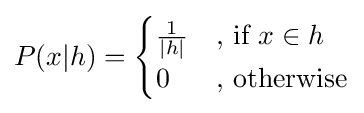
P(x|h)={\begin{cases}{\frac {1}{|h|}}&{\text{, if }}x\in h\\0&{\text{, otherwise}}\end{cases}}